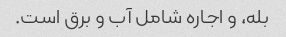
بله، و اجاره شامل آب و برق است.